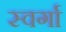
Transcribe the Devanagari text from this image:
स्वर्गा